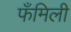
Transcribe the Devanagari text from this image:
फँमिली